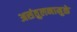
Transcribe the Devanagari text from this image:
असंतुलनामुळे